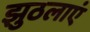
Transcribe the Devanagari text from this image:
झुठलाएं